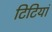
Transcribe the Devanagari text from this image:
टिटियां